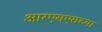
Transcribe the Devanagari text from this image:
आरएसएसच्या